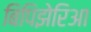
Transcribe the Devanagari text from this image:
बिपिझेरिआ